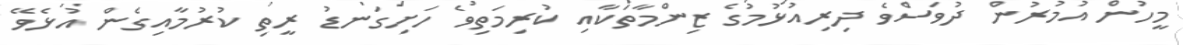
މީހުން އުމުރުން ދުވަސްވެ ދިރިއުޅުމުގެ ޒިންމާތަކާއި ކުރިމަތިވެ ހަށިގަނޑު ރީތި ކުރުމާއިގެން އުޅެވޭ